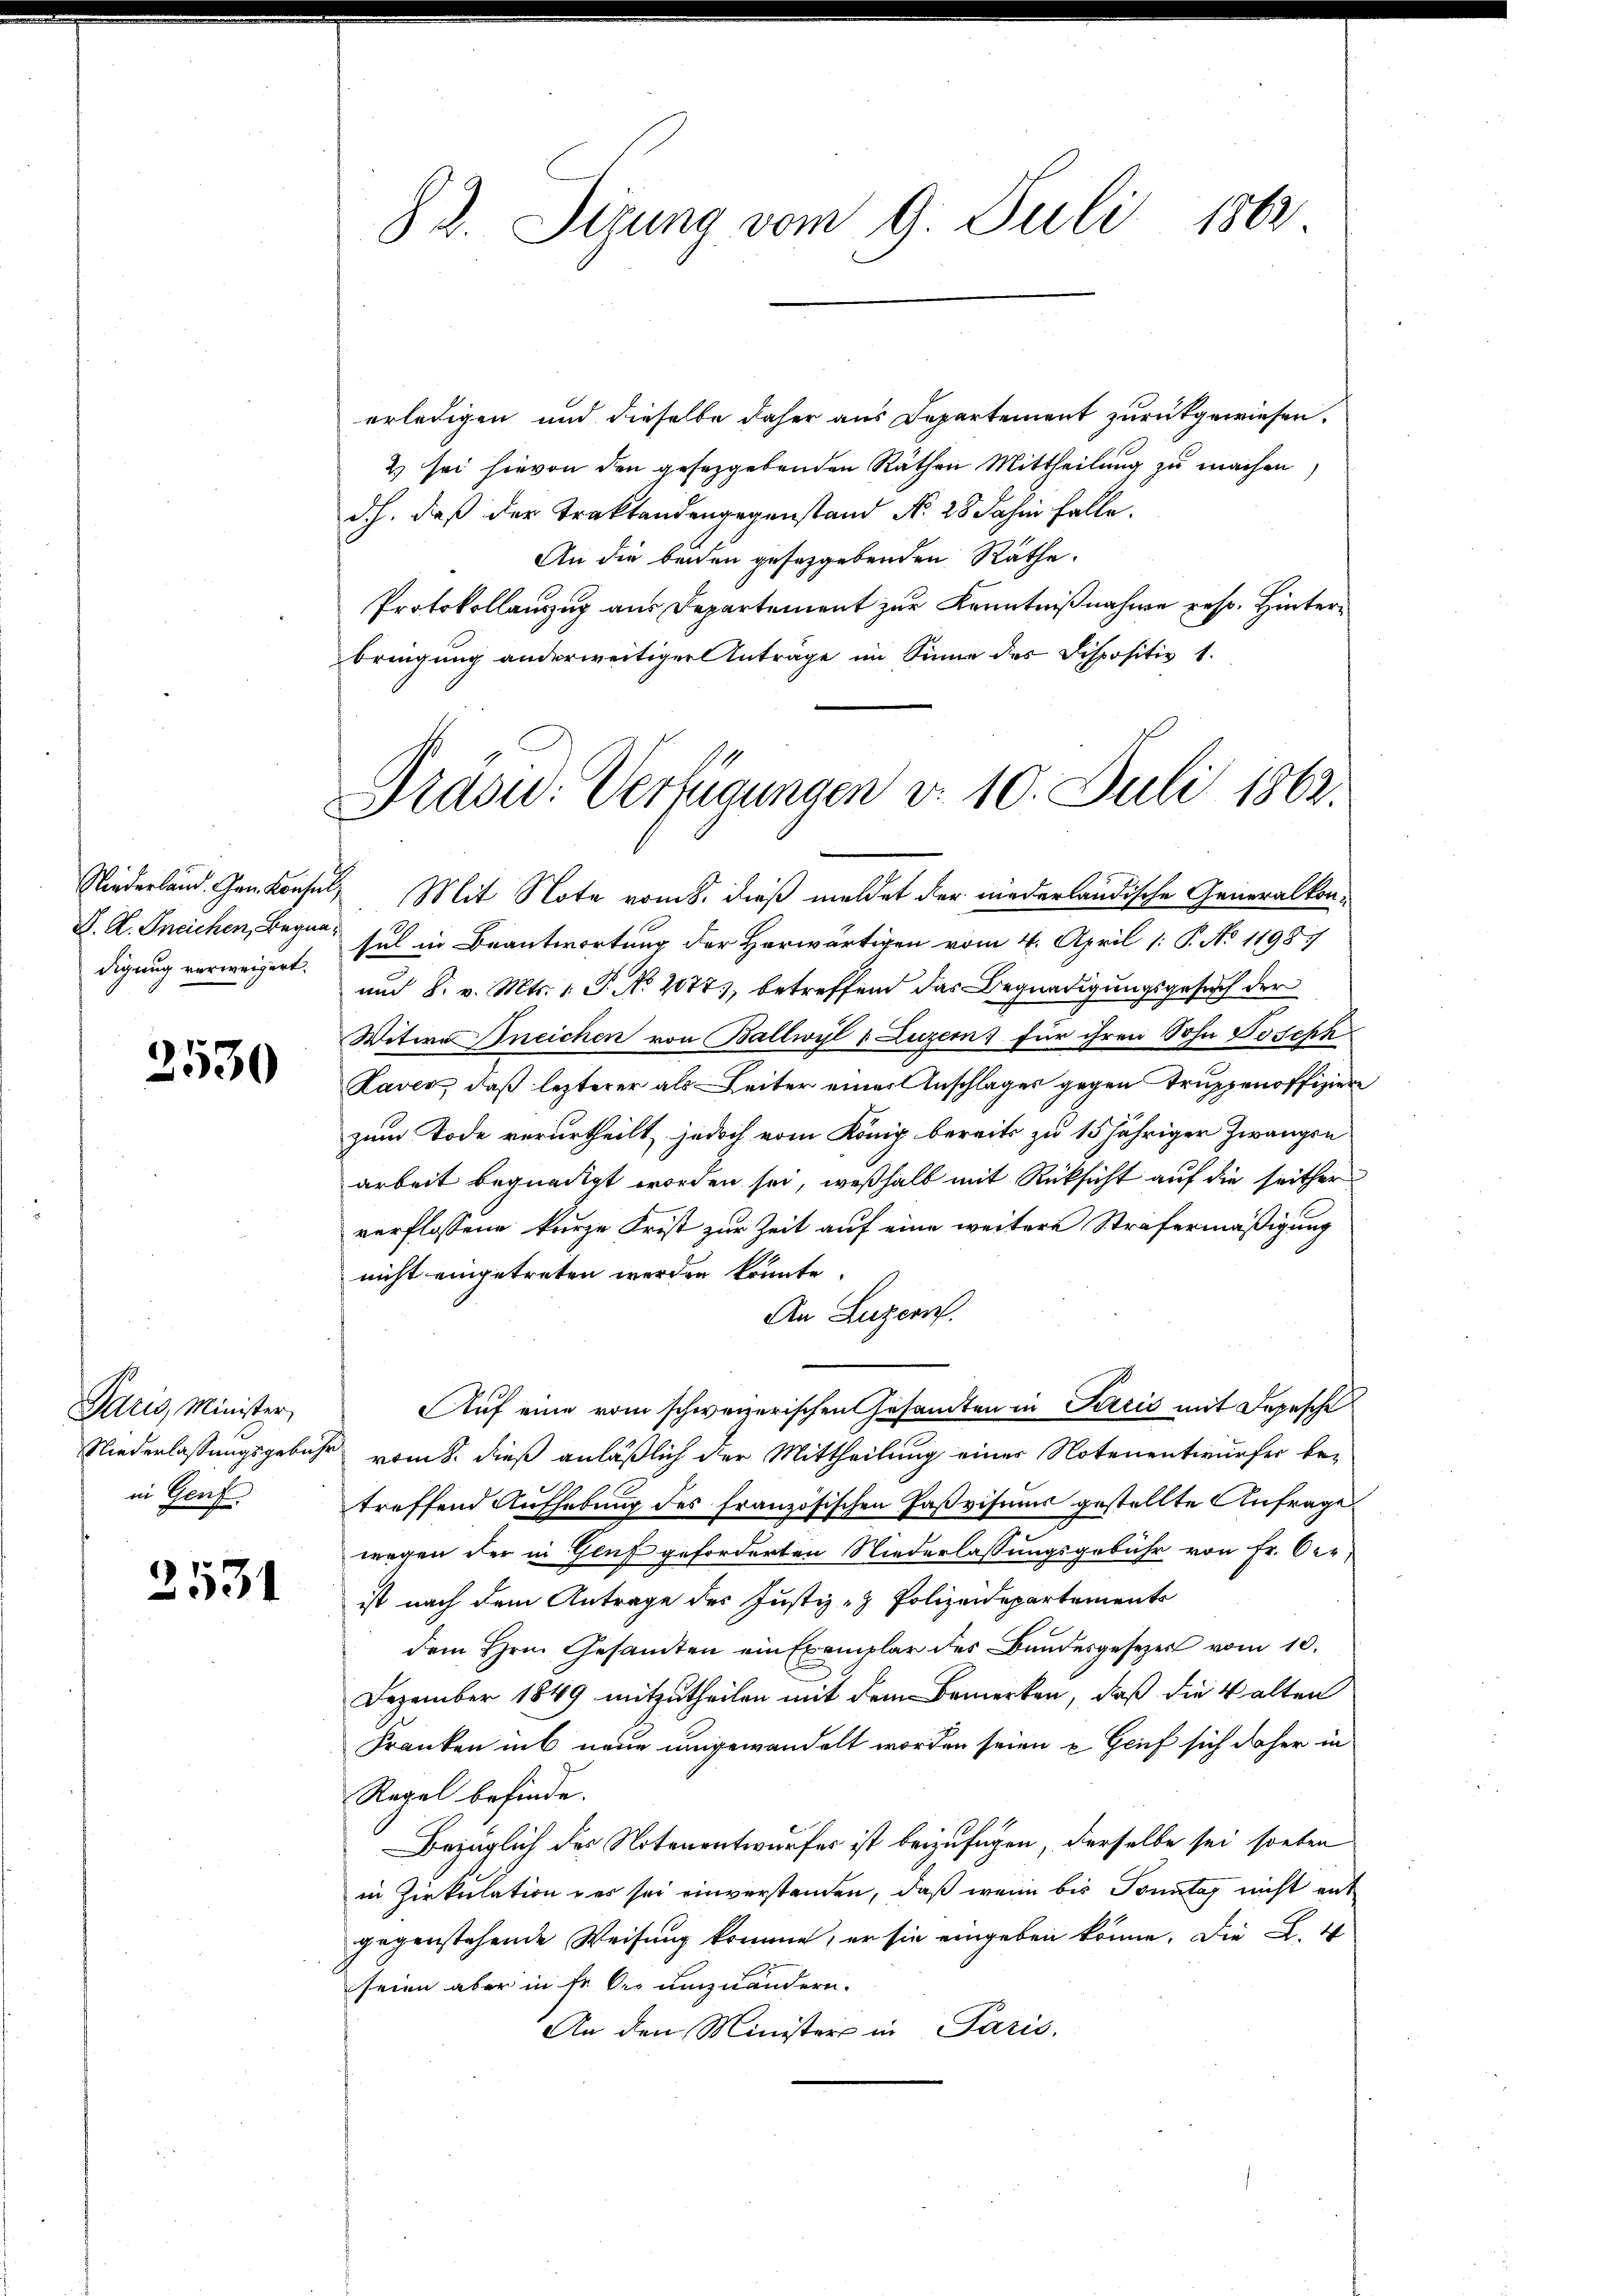
digung verweigert.

2530

Paris, Minister,
in Genf

2531

erledigen und dieselbe daher aus Departement zurückgewiesen.
2 sei hievon den gesetzgebenden Räthen Mittheilŭng zŭ machen
dh. daß der Traktandengegenstand No. 28 Jahre falle.
An die beiden geseggebenden Räthe.
Protokollauszug aus Departement zur Kenntnißnahme resp. Hinterbringung anderweitiger Anträge im Sinne des Dispositiv 1.
Niederland. Gankonsuls Mit Note vom 8. dieß meldet der niederländische Generalkon¬
K. A. Ineichen, Begna sul in Beantwortung der Herwärtigen vom 4. April 1: P. No 11987
und 8. v. Mts. 1. P. No 1077), betreffend das Begnadigungsgesuch der
Witwe Bneichen von Ballwyl u. Luzern) für ihren Sohn Joseph
Laver, daß lezterer als Leiter einer Anschlages gegen Truppenoffiziere
zum Tode verurtheilt, jedoch vom König bereits zu 15 jähriger Zwangen
arbeit begnadigt worden sei, weßhalb mit Rücksicht auf die seither
verflossene kurze Frist zur Zeit auf eine weitere Strafermäßigung
nicht eingetreten werden könnte.
An Luzern.
Auf eine vom schweizerischen Gesamten in Kreis mit Depesche
Niederlassungsgebühr vom 8. dieß anläßlich der Mittheilung einer Notenentwürfer betreffend Aufhebung des französischen Faßvisums gestellte Anfrage
wegen der in Genf geforderten Niederlassungsgebühr von Fr. Oer
ist nach dem Antrage des Justiz- & Polizeidepartements
dem Hrn. Gesamten ein Exemplar des Bundesgesetzes vom 10.
Dezember 1849 mitzutheilen mit dem Bemerken, daß die Valten
Franken ins neue umgewandelt worden seien u. Geif sich daher in
Regel befinde.
Bezüglich des Notenentwurfes ist beizufügen, derselbe sei soeben
in Zirkulation er sei einverstanden, daß wenn bis Sonntag nicht ent
gegenstehende Weisung komme, er sie eingeben könne. Die L. 4
seien aber in fr. des umzuändern.
An den Minister in Paris,

82. Sizung vom 9. Juli 1862

Präsid. Verfügungen d. 10. Juli 1862.